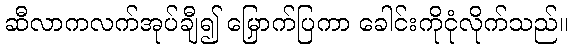
ဆီလာကလက်အုပ်ချီ၍ မြှောက်ပြကာ ခေါင်းကိုငုံလိုက်သည်။